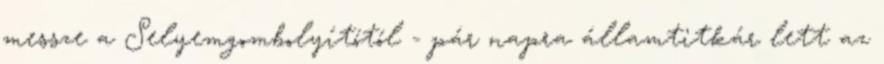
messze a Selyemgombolyítótól - pár napra államtitkár lett az